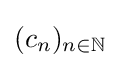
(c_{n})_{n\in \mathbb {N} }